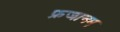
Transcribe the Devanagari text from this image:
फ्रजानम्